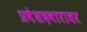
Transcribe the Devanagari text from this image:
प्रवेशदवारावर